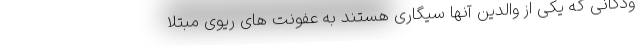
ودکانی که یکی از والدین آنها سیگاری هستند به عفونت های ریوی مبتلا